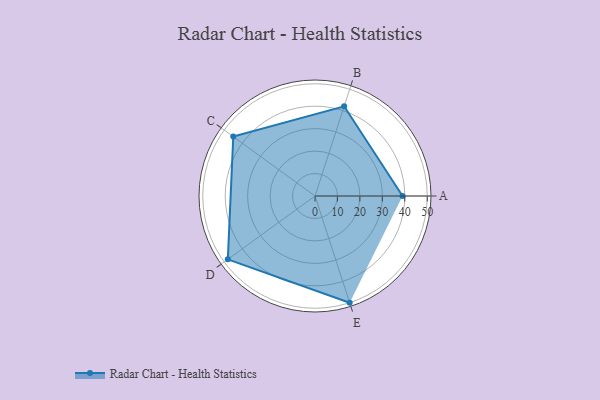
{"axis": {"x": "Skill", "y": "Score"}, "legend": ["Profile"], "data": [{"x": "A", "y": 39.0, "type": "Profile"}, {"x": "B", "y": 42.0, "type": "Profile"}, {"x": "C", "y": 45.0, "type": "Profile"}, {"x": "D", "y": 48.0, "type": "Profile"}, {"x": "E", "y": 50.0, "type": "Profile"}]}